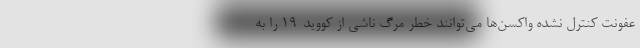
عفونت کنترل نشده واکسن‌ها می‌توانند خطر مرگ ناشی از کووید-۱۹ را به